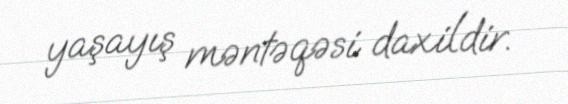
yaşayış məntəqəsi daxildir.